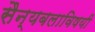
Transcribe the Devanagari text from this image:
सैन्यबलाविषयी